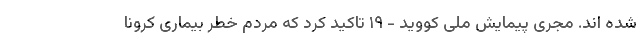
شده اند. مجری پیمایش ملی کووید - ١٩ تاکید کرد که مردم خطر بیماری کرونا